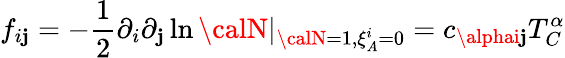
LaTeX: f_{i\mathbf{j}}=-{\frac{{1}}{{2}}}\partial_{i}\partial_{\mathbf{j}}\ln{\calN}|_{{\calN}=1,\xi_{A}^{i}=0}=c_{\alphai\mathbf{j}}T_{C}^{\alpha}